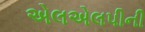
એલએલપીની